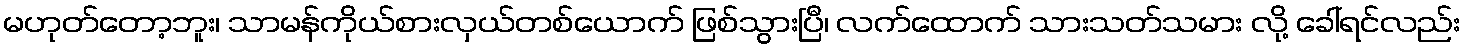
မဟုတ်တော့ဘူး၊ သာမန်ကိုယ်စားလှယ်တစ်ယောက် ဖြစ်သွားပြီ၊ လက်ထောက် သားသတ်သမား လို့ ခေါ်ရင်လည်း